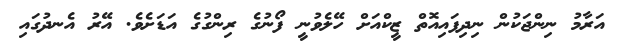
އަރާމު ނިންޖަކުން ނިދިފައިއޮތް ޒީކްއަށް ހޭލެވުނީ ފޯނުގެ ރިންގުގެ އަޑަށެވެ. އޭރު އެނދުގައި